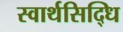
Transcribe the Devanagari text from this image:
स्वार्थसिद्धि